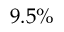
9 . 5 \%